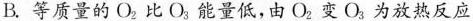
B.等质量的O_{2}比O_{3}能量低，由O_{2}变O_{3}为放热反应